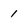
Character: 1